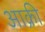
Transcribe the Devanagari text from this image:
आक्री